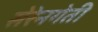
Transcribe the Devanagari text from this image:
सेरेनगेती